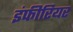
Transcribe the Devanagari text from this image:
इंफीरियर